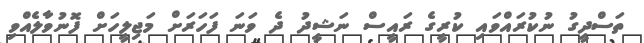
ތަސްދީގު ނުކުރައްވައި ކުރީގެ ރައީސް ނަޝީދު ދެ ވަނަ ފަހަރަށް މަޖިލީހަށް ފޮނުވާލެއްވި